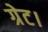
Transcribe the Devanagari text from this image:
ग्रेट।